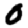
Digit: 0